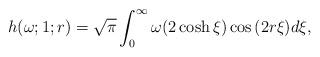
LaTeX: \begin{align*} h(\omega;1;r)=\sqrt{\pi}\int_{0}^{\infty}\omega(2\cosh{\xi})\cos{(2r\xi)}d\xi,\end{align*}